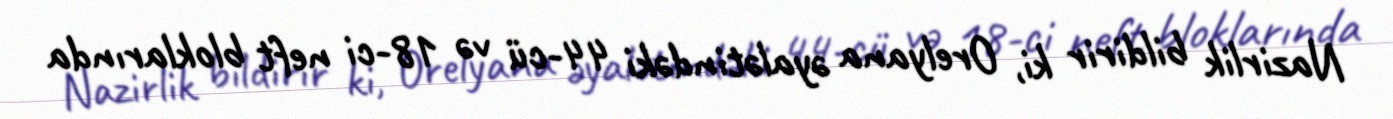
Nazirlik bildirir ki, Orelyana əyalətindəki 44-cü və 18-ci neft bloklarında